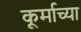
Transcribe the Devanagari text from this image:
कूर्माच्या